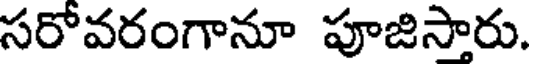
సరోవరంగానూ పూజిసారు.